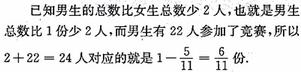
已知男生的总数比女生总数少2人，也就是男生总数比1份少2人，而男生有22人参加了竞赛，所以$2 + 22 = 24$人对应的就是$1 - \frac{5}{11} = \frac{6}{11}$份.